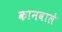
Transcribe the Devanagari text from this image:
कानवाले